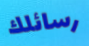
رسائلك